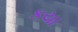
કયા